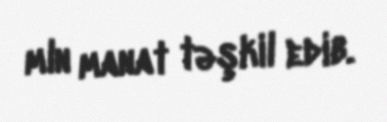
mln manat təşkil edib.